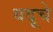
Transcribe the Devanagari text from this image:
यदूचे